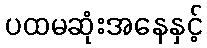
ပထမဆုံးအနေနှင့်